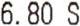
6.80 S